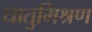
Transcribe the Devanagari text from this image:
धातुमिश्रण